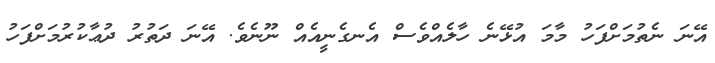
އޭނަ ނެތުމަށްފަހު މާމަ އުޅޭނެ ހާލެއްވެސް އެނގެނީއެއް ނޫނެވެ. އޭނަ ދަތުރު ދުޢާކުރުމަށްފަހު